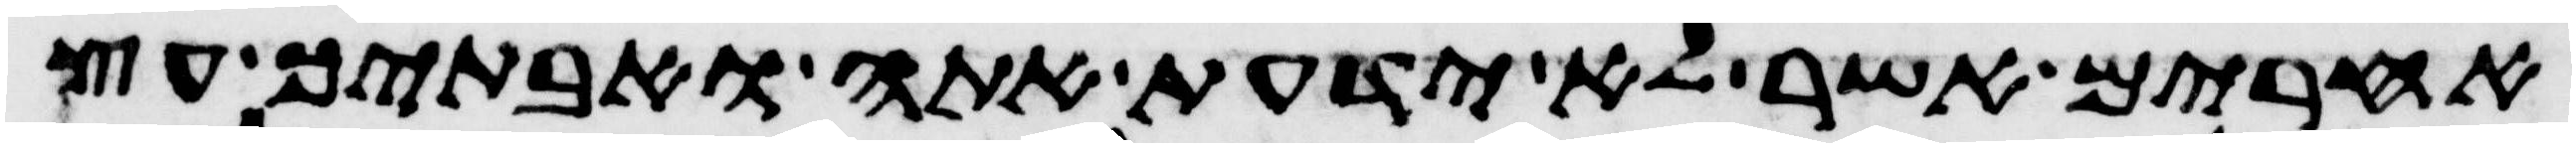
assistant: אחרים אשר לא ידעת אתה ואבתיך עץ